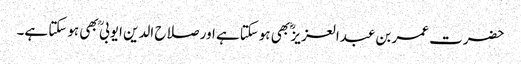
حضرت عمر بن عبدالعزیز ؓ بھی ہوسکتاہے اور صلاح الدین ایوبی ؒ بھی ہوسکتا ہے۔